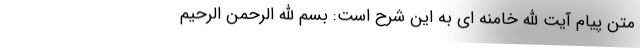
متن پیام آیت الله خامنه ای به این شرح است: بسم الله الرحمن الرحیم